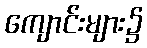
ကျောင်းများ၌